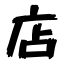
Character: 店